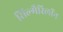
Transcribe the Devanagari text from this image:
सिल्मैरिलॉन